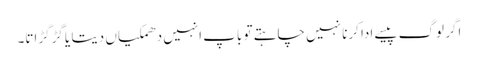
اگر لوگ پیسے ادا کرنا نہیں چاہتے تو باپ انہیں دھمکیاں دیتا یا گڑگڑاتا۔